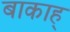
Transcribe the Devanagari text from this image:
बाकाह्